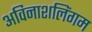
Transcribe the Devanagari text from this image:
अविनाशलिंगम